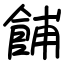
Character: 餔